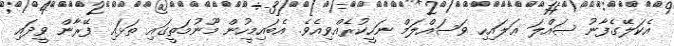
އެކަލޭގެފާނު ޞައްލަ ޢަލައިހި ވަސައްލަމް ނަހީކުރެއްވިއެވެ. އެބައިމީހުން މޫނުމަތީގައި ތަޅައި ފޭރާން ވީދައި